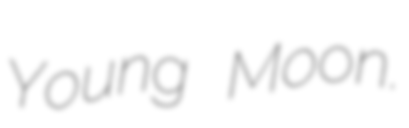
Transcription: Young Moon.